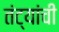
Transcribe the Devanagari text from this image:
तंट्यांची